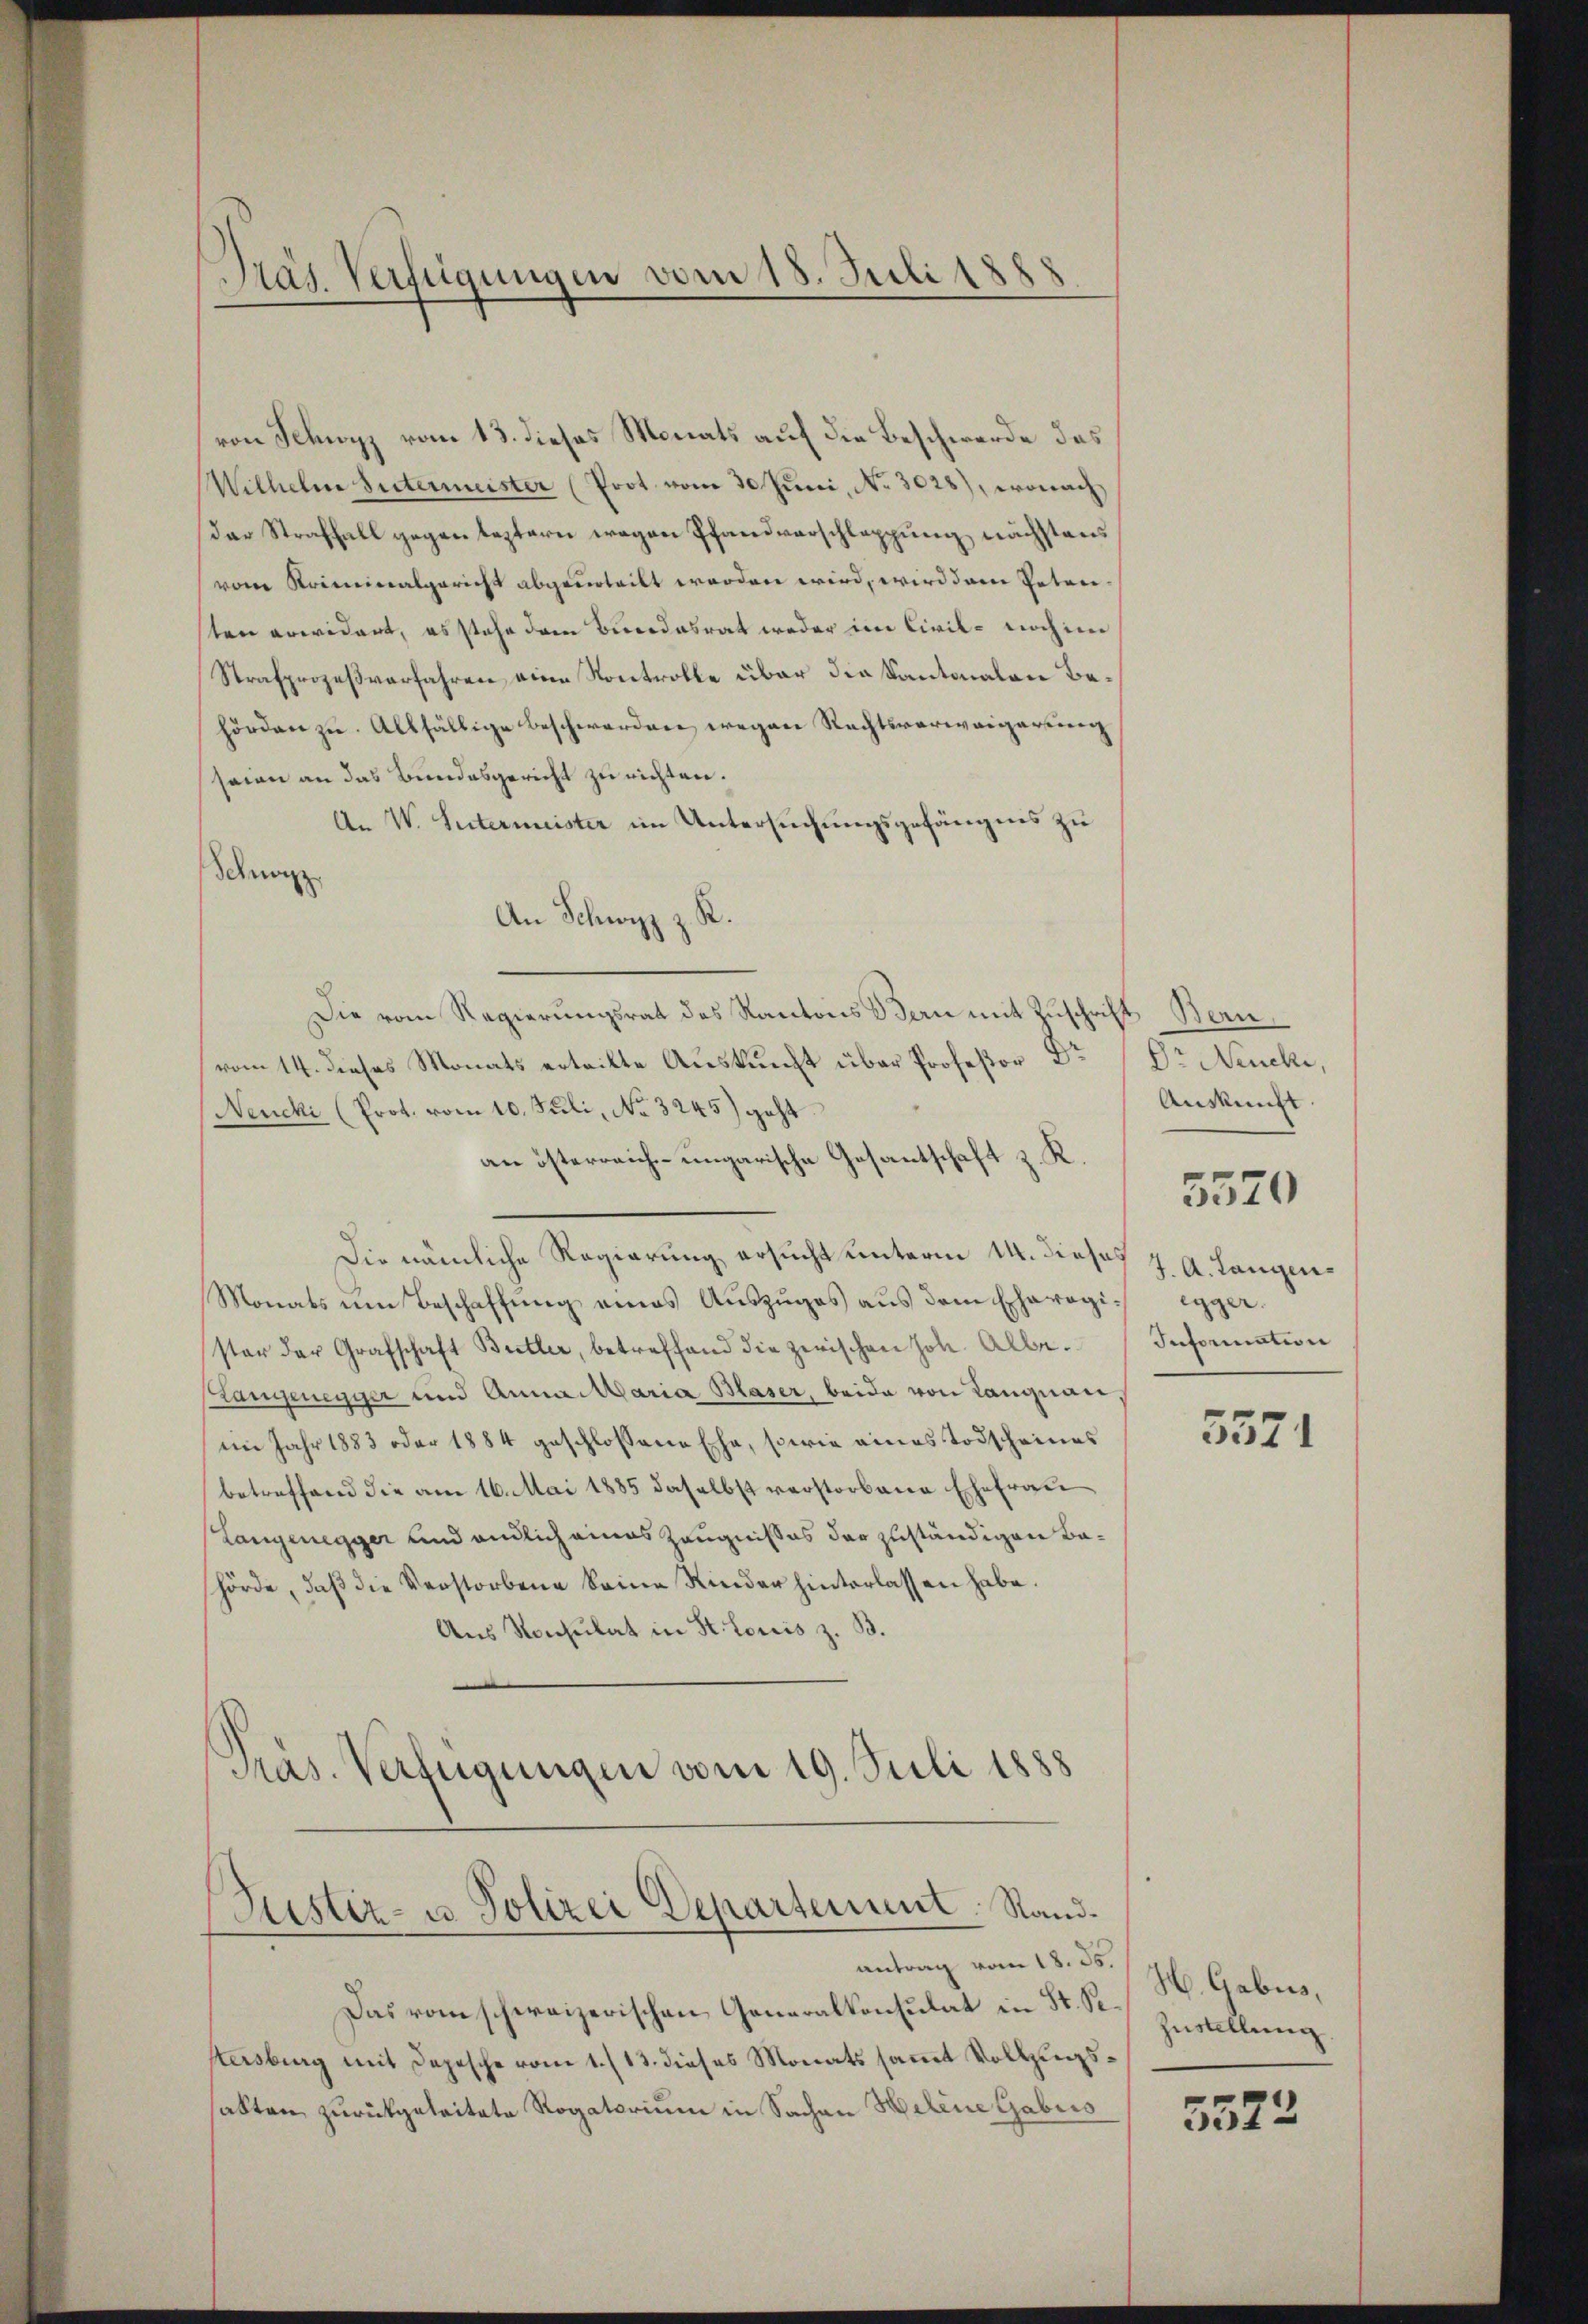
von Schwyz vom 13. dieses Monats auf die Beschwerde das
Wilhelm Sutermeister (Prot. vom 30 Juni, No. 3028), wonach
der Straffall gegen leztern wegen Pfandverschlappung nächstens
vom Kriminalgericht abgeurteilt worden wird, wird dann Petenten erwidert, es stehe dem Bundesrat weder im Civil- noch im
Strafprozeßverfahren eine Kontrolle über die Kantonalen Behörden zu. Allfällige Beschwerden, wegen Rechtsverweigerung
seien an das Bundesgericht zu richten.
An W. Sutermeister im Untersuchungsgefängnis zu
Schweiz
An Schwyz z. K.
Die vom Regierungsrat des Kantons Bern mit Zuschrift
vom 14. dieses Monats erteilte Aŭskŭnft über Professor Dr
Neucki (Prot. vom 10. Sili, No 3245) geht.
an österreich-ungarische Gesantschaft
z.
Die nämliche Regierung ersucht unterm 14. dieses J. A. Langen¬
Monats um Beschaffung eines Auszuges aus dem Eherogi- Egger.
ster der Grafschaft Butter, betreffend die zwischen Joh. Albe
Hangenegger und Anna Maria Blaser, beide von Langnau
im Jahr 1883 oder 1884 geschlossene Ehe, sowie eines Todscheines
betreffend die am 16. Mai 1885 daselbst verstorbene Ehefrau
Langenegger und endlich eines Zeugnißes der zuständigen Bahörde, daß die Verstorbene keine Kinder hinterlassen habe.
Aus Konsulat in St. Louis z. B.
Pras. Verfügungen vom 19. Juli 1888

Tras Verfügungen vom 18. Juli 1888

Justiz- u Polizei Departement. Rand¬

Das vom schweizerischen Generalkonsulat in St. St Zustellung.
stesbing mit Depesche vom 1./13. dieses Monatssammt Vollzugssabten zurückgeleitete Rogatorium in Sachen Helene Gabris

antrag vom 18. 35.

Bern,
Dr Neucki,
Auskunft.
5570
Information

5571

H. Gabus,

5322